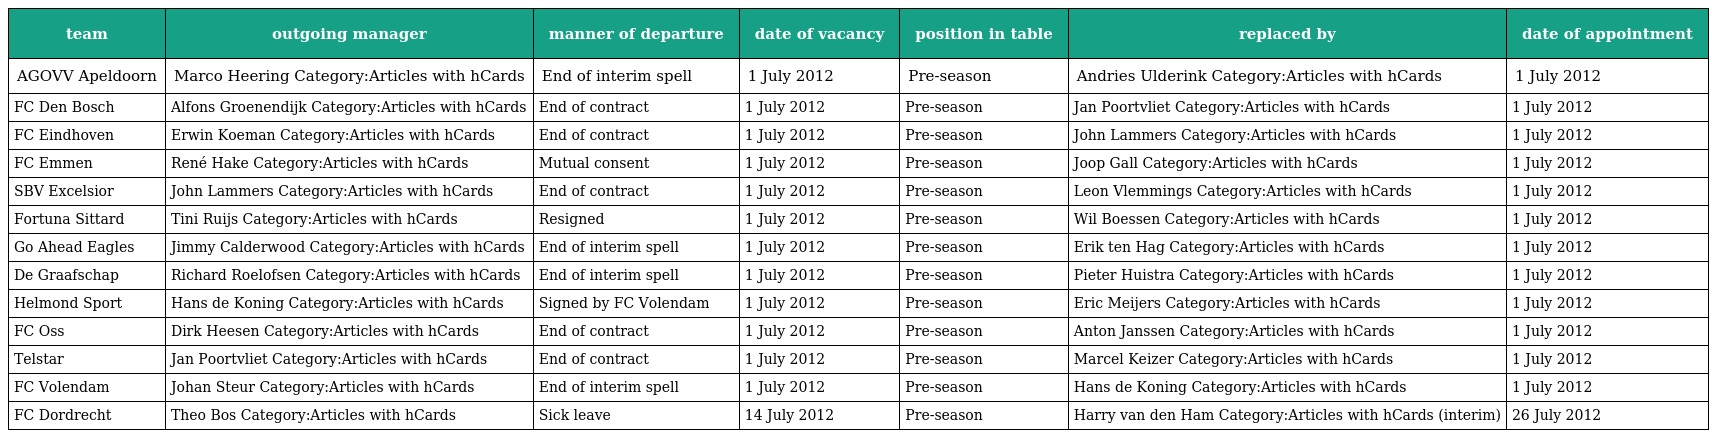
| team | outgoing manager | manner of departure | date of vacancy | position in table | replaced by | date of appointment |
 | --- | --- | --- | --- | --- | --- | --- |
 | AGOVV Apeldoorn | Marco Heering Category:Articles with hCards | End of interim spell | 1 July 2012 | Pre-season | Andries Ulderink Category:Articles with hCards | 1 July 2012 |
 | FC Den Bosch | Alfons Groenendijk Category:Articles with hCards | End of contract | 1 July 2012 | Pre-season | Jan Poortvliet Category:Articles with hCards | 1 July 2012 |
 | FC Eindhoven | Erwin Koeman Category:Articles with hCards | End of contract | 1 July 2012 | Pre-season | John Lammers Category:Articles with hCards | 1 July 2012 |
 | FC Emmen | René Hake Category:Articles with hCards | Mutual consent | 1 July 2012 | Pre-season | Joop Gall Category:Articles with hCards | 1 July 2012 |
 | SBV Excelsior | John Lammers Category:Articles with hCards | End of contract | 1 July 2012 | Pre-season | Leon Vlemmings Category:Articles with hCards | 1 July 2012 |
 | Fortuna Sittard | Tini Ruijs Category:Articles with hCards | Resigned | 1 July 2012 | Pre-season | Wil Boessen Category:Articles with hCards | 1 July 2012 |
 | Go Ahead Eagles | Jimmy Calderwood Category:Articles with hCards | End of interim spell | 1 July 2012 | Pre-season | Erik ten Hag Category:Articles with hCards | 1 July 2012 |
 | De Graafschap | Richard Roelofsen Category:Articles with hCards | End of interim spell | 1 July 2012 | Pre-season | Pieter Huistra Category:Articles with hCards | 1 July 2012 |
 | Helmond Sport | Hans de Koning Category:Articles with hCards | Signed by FC Volendam | 1 July 2012 | Pre-season | Eric Meijers Category:Articles with hCards | 1 July 2012 |
 | FC Oss | Dirk Heesen Category:Articles with hCards | End of contract | 1 July 2012 | Pre-season | Anton Janssen Category:Articles with hCards | 1 July 2012 |
 | Telstar | Jan Poortvliet Category:Articles with hCards | End of contract | 1 July 2012 | Pre-season | Marcel Keizer Category:Articles with hCards | 1 July 2012 |
 | FC Volendam | Johan Steur Category:Articles with hCards | End of interim spell | 1 July 2012 | Pre-season | Hans de Koning Category:Articles with hCards | 1 July 2012 |
 | FC Dordrecht | Theo Bos Category:Articles with hCards | Sick leave | 14 July 2012 | Pre-season | Harry van den Ham Category:Articles with hCards (interim) | 26 July 2012 |